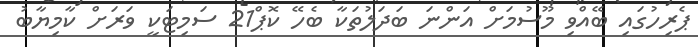
ޕެރިހުގައި ބޭއްވި މޫސުމަށް އަންނަ ބަދަލުތަކާ ބެހޭ ކޮޕް21 ސަމިޓަކީ ވަރަށް ކާމިޔާބު